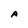
Character: A